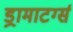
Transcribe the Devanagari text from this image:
ड्रामाटर्ग्स